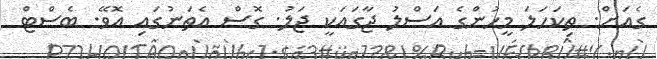
ގެއަށް. ތިކަހަލަ މީހުންގެ އަސްލު ޖާގައަކީ ޖަލު. ގޮސް އެތަނުގައި އޮވޭ. ބެސްޓް